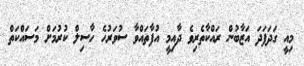
މިއީ ގަދަފަދަ އަޒާބުން ރައްކާތެރިވެ ދާއިމީ އުފާތައްވާ ސުވަރުހެ ހާސިލް ކުރުމަށް މަސައްކަތް